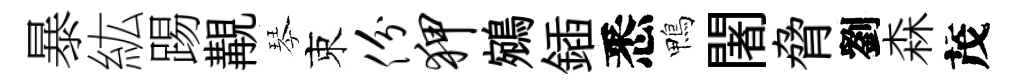
暴紘踢覯琴束份狎鵷鍤悉鴨闍脅劉森茂